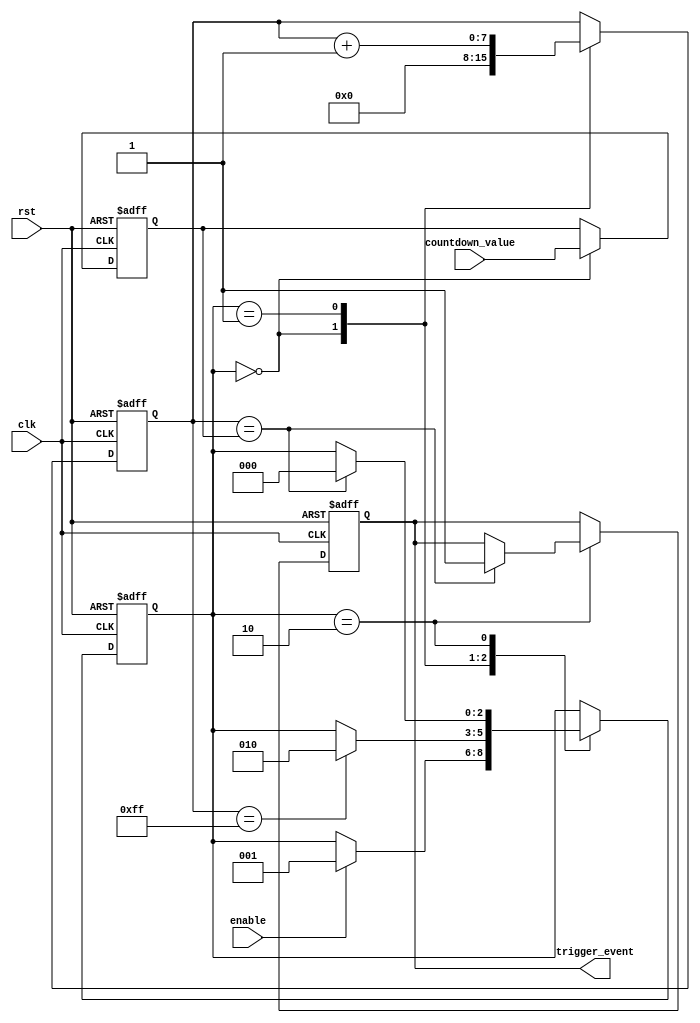
module countdown_timer(
    input wire clk, // clock signal
    input wire rst, // reset signal
    input wire enable, // enable signal to start/stop the countdown
    input wire [7:0] countdown_value, // defined countdown value
    output reg trigger_event // output signal to trigger external events
);

// Countdown Timer Control Blocks
reg [7:0] counter; // counter for tracking the remaining time
reg [7:0] comparator; // comparator for comparing current time with countdown value

// Synchronization Block
reg [2:0] state; // state variable for synchronization
parameter IDLE = 3'b000;
parameter COUNT = 3'b001;
parameter COMPARE = 3'b010;

always @(posedge clk or posedge rst) begin
    if(rst) begin
        counter <= 0;
        comparator <= 0;
        state <= IDLE;
        trigger_event <= 0;
    end else begin
        case(state)
            IDLE: begin
                counter <= 0;
                comparator <= countdown_value;
                if(enable) begin
                    state <= COUNT;
                end
            end
            COUNT: begin
                counter <= counter + 1;
                if(counter == 8'hFF) begin
                    state <= COMPARE;
                end
            end
            COMPARE: begin
                if(counter == comparator) begin
                    trigger_event <= 1;
                    state <= IDLE;
                end
            end
        endcase
    end
end

endmodule